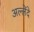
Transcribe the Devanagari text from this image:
अल्लेंदे